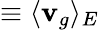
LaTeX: \equiv\langle{\mathbf v}_{g}\rangle_{E}